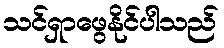
သင်ရှာဖွေနိုင်ပါသည်